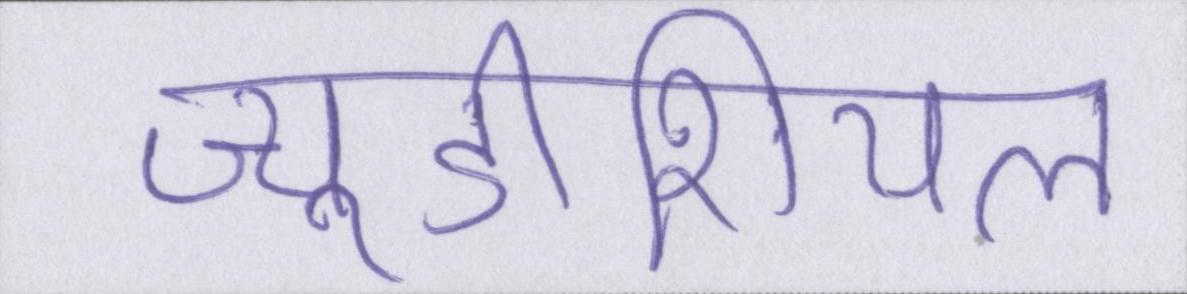
ज्यूडीशियल